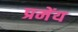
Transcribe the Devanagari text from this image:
प्रमेंय